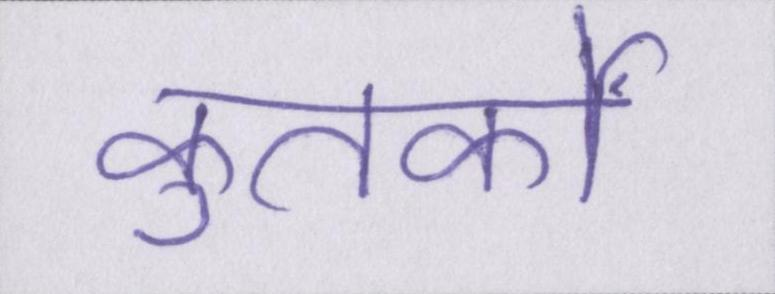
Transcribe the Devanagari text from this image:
कुतर्कों